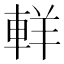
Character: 𨋽